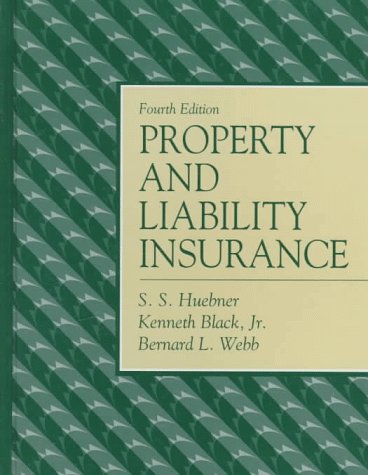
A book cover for Property and Liability Insurance; S. S. Huebner; Business & Money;